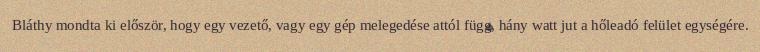
Bláthy mondta ki először, hogy egy vezető, vagy egy gép melegedése attól függ, hány watt jut a hőleadó felület egységére.